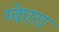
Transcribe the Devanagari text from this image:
ग्वेएरा